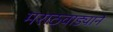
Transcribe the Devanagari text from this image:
मराठवाड्याने